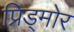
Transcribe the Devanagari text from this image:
प्रिड्मोर